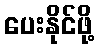
ပေးနိုင်ဖို့